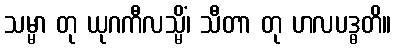
သမ္မာ တု ယုဂကီလသ္မိံ၊ သီတာ တု ဟလပဒ္ဓတိ။